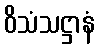
ဝိသံသဋ္ဌာနံ